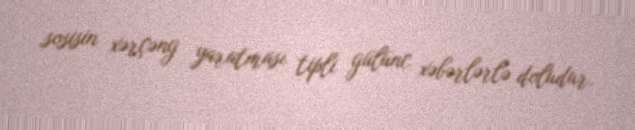
sosisin xərçəng yaratması tipli gülünc xəbərlərlə doludur.